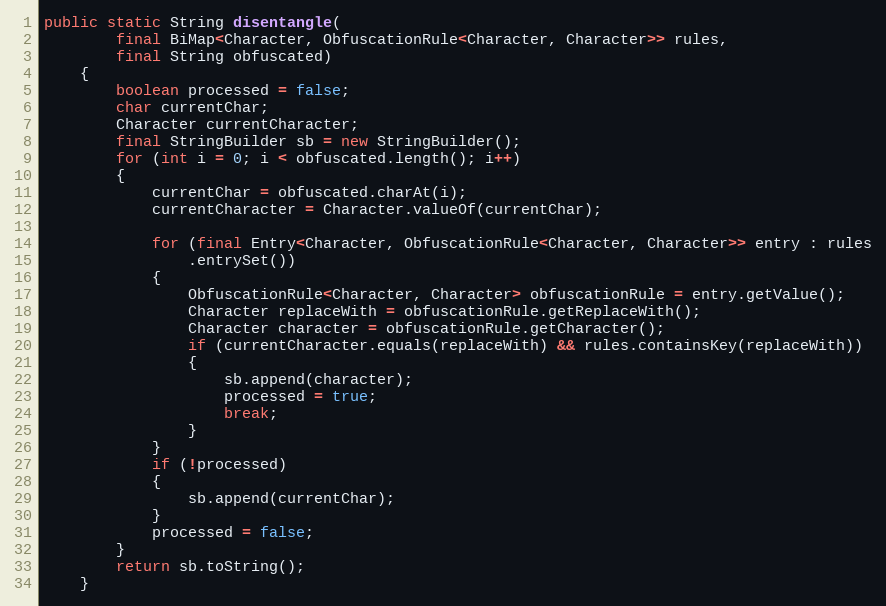
Language: Java
public static String disentangle(
		final BiMap<Character, ObfuscationRule<Character, Character>> rules,
		final String obfuscated)
	{
		boolean processed = false;
		char currentChar;
		Character currentCharacter;
		final StringBuilder sb = new StringBuilder();
		for (int i = 0; i < obfuscated.length(); i++)
		{
			currentChar = obfuscated.charAt(i);
			currentCharacter = Character.valueOf(currentChar);

			for (final Entry<Character, ObfuscationRule<Character, Character>> entry : rules
				.entrySet())
			{
				ObfuscationRule<Character, Character> obfuscationRule = entry.getValue();
				Character replaceWith = obfuscationRule.getReplaceWith();
				Character character = obfuscationRule.getCharacter();
				if (currentCharacter.equals(replaceWith) && rules.containsKey(replaceWith))
				{
					sb.append(character);
					processed = true;
					break;
				}
			}
			if (!processed)
			{
				sb.append(currentChar);
			}
			processed = false;
		}
		return sb.toString();
	}